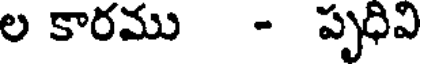
ల కారము - పృధివి